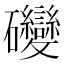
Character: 𥘂